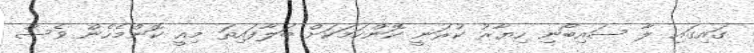
ގައިގައި ލާ ސައިބޯނި ހިޔާރު ކުރަނީ ކޮންކަމަކަށް ބަލާފައިތަ މިއީ ކޮންމެހެން ވެސް